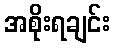
အစိုးရချင်း